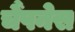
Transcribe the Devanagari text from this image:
चैंपनेस